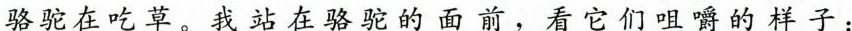
骆驼在吃草。我站在骆驼的面前，看它们咀嚼的样子：